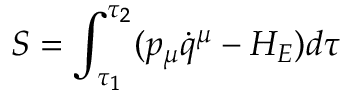
S = \int _ { \tau _ { 1 } } ^ { \tau _ { 2 } } ( p _ { \mu } \dot { q } ^ { \mu } - H _ { E } ) d \tau